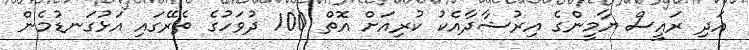
އަދި ރައީސް ޔާމީންގެ އިރުޝާދާއެކު ކުރިއަށް އޮތް 100 ދުވަހުގެ ތެރޭގައި އަޅުގަނޑުމެން